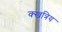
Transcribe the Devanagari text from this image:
क्खत्रिय